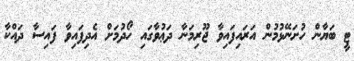
ޓީ ބަޔާން ހުށަނޭޅުމުން އަރައިފައިވާ ޖޫރިމަނާ ދަޢުވާގައި ހޯދުމަށް އެދިފައިވާ ފައިސާ ދައްކާ